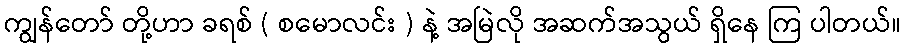
ကျွန်တော် တို့ဟာ ခရစ် ( စမောလင်း ) နဲ့ အမြဲလို အဆက်အသွယ် ရှိနေ ကြ ပါတယ်။